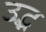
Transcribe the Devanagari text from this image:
उद्भ